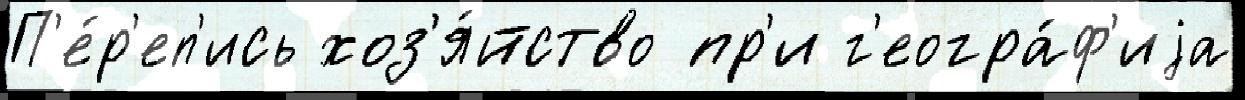
П'е́р'еп'ись хоз'я́йство пр'и г'еогра́ф'иjа